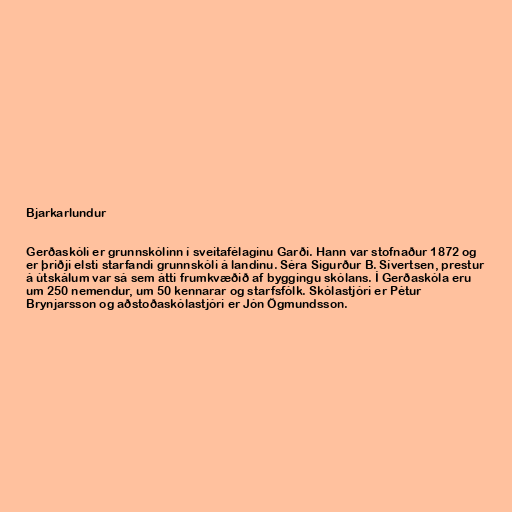
Bjarkarlundur

Gerðaskóli er grunnskólinn í sveitafélaginu Garði. Hann var stofnaður 1872 og
er þriðji elsti starfandi grunnskóli á landinu. Séra Sigurður B. Sívertsen, prestur
á útskálum var sá sem átti frumkvæðið af byggingu skólans. Í Gerðaskóla eru
um 250 nemendur, um 50 kennarar og starfsfólk. Skólastjóri er Pétur
Brynjarsson og aðstoðaskólastjóri er Jón Ögmundsson.